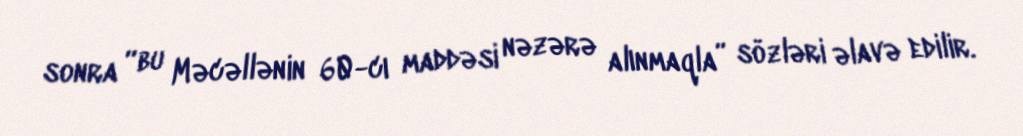
sonra “bu Məcəllənin 60-cı maddəsi nəzərə alınmaqla” sözləri əlavə edilir.